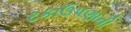
ટકાઉપણાની